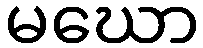
မဃော